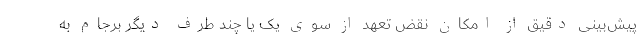
پیش‌بینی‌ دقیق از امکان نقض تعهد از سوی یک یا چند طرف دیگر برجام به